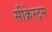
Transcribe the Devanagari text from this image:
सीक्रेस्ट्स